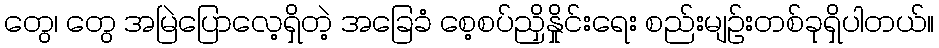
တွေ၊ တွေ အမြဲပြောလေ့ရှိတဲ့ အခြေခံ စေ့စပ်ညှိနှိုင်းရေး စည်းမျဉ်းတစ်ခုရှိပါတယ်။